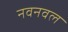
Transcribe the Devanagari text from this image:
नवनवल